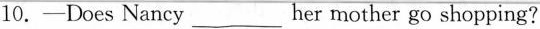
10.—Does Nancy___her mother go shopping?